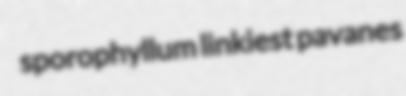
sporophyllum linkiest pavanes